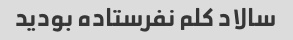
سالاد کلم نفرستاده بودید